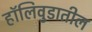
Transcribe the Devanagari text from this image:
हॉलिवुडातील